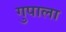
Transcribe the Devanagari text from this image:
गुपाला